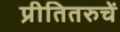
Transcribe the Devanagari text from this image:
प्रीतितरुचें